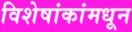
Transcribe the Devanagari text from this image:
विशेषांकांमधून